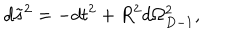
d \tilde { s } ^ { 2 } = - d t ^ { 2 } + R ^ { 2 } d \Omega _ { D - 1 } ^ { 2 } ,